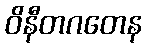
ဝိနီတဂတေန